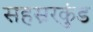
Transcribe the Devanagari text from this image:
सहस्ररकुंड